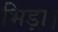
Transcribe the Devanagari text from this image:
भिड़ा।